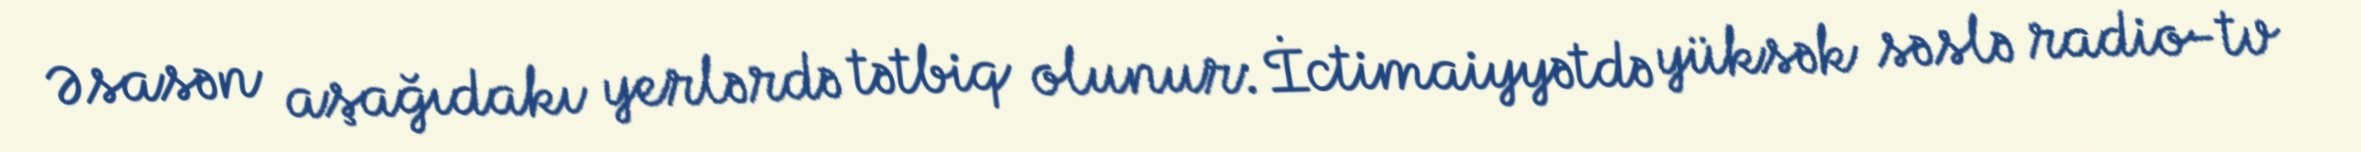
Əsasən aşağıdakı yerlərdə tətbiq olunur: İctimaiyyətdə yüksək səslə radio-tv